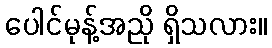
ပေါင်မုန့်အညို ရှိသလား။